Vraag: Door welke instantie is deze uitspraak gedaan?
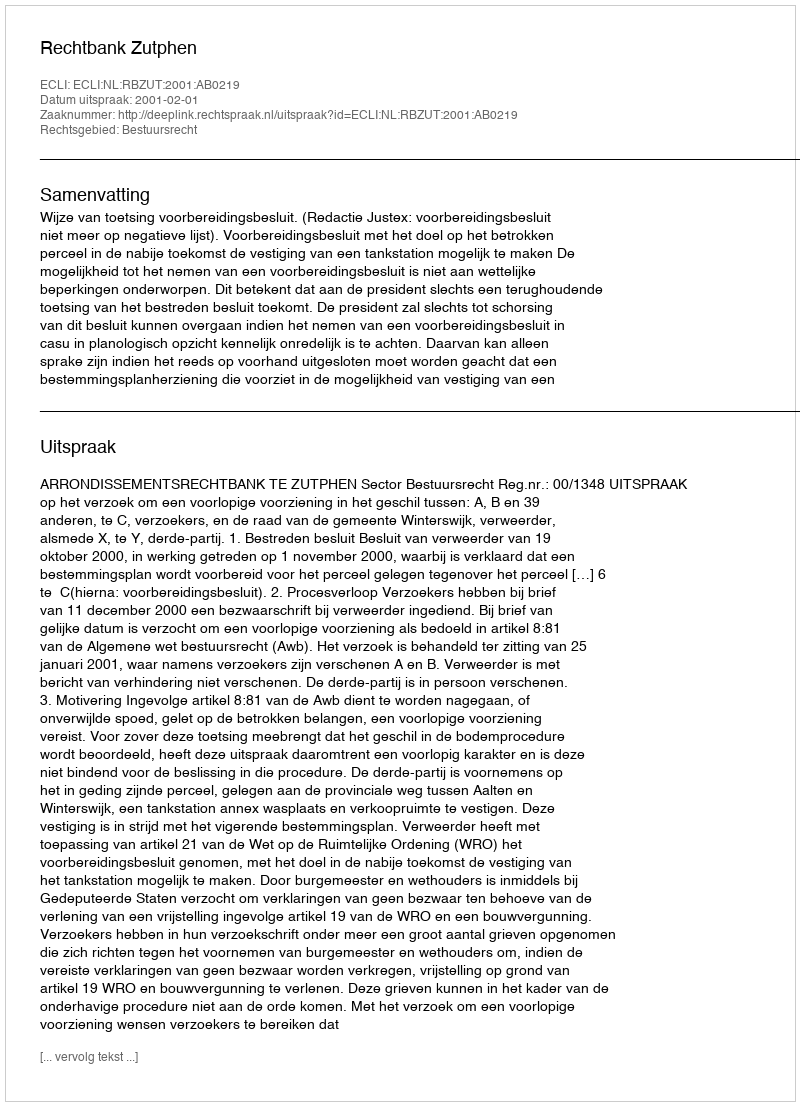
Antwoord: Rechtbank Zutphen